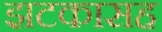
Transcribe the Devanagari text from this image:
झटकासह